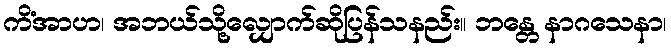
ကိံအာဟ၊ အဘယ်သို့လျှောက်ဆိုပြန်သနည်း။ ဘန္တေ နာဂသေနာ၊